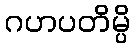
ဂဟပတိမ္ပိ